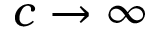
c \to \infty